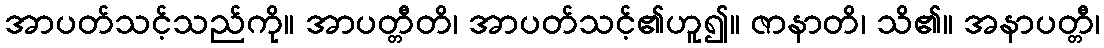
အာပတ်သင့်သည်ကို။ အာပတ္တီတိ၊ အာပတ်သင့်၏ဟူ၍။ ဇာနာတိ၊ သိ၏။ အနာပတ္တီ၊